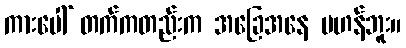
ကားပေါ် တက်ကတည်းက အခြေအနေ မဟန်ဘူး။